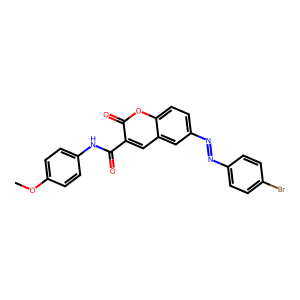
SMILES: COc1ccc(NC(=O)c2cc3cc(N=Nc4ccc(Br)cc4)ccc3oc2=O)cc1
Inhibits HIV replication: No